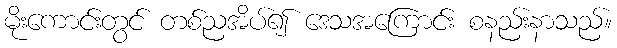
မိုးကောင်းတွင် တစ်ညအိပ်၍ ဒေသအကြောင်း စနည်းနာသည်။